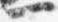
一